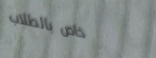
خاص بالطلاب